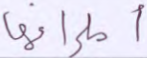
أطرافها